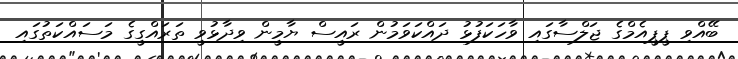
ބޭއްވި ޕީޕީއެމްގެ ޖަލްސާގައި ވާހަކަފުޅު ދައްކަވަމުން ރައީސް ޔާމީން ވިދާޅުވީ ތަރައްގީގެ މަސައްކަތުގައި